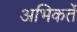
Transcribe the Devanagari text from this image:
अभिकर्ते